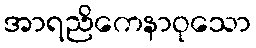
အာရညိကေနာဝုသော